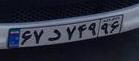
۶۷د۷۴۹۹۶